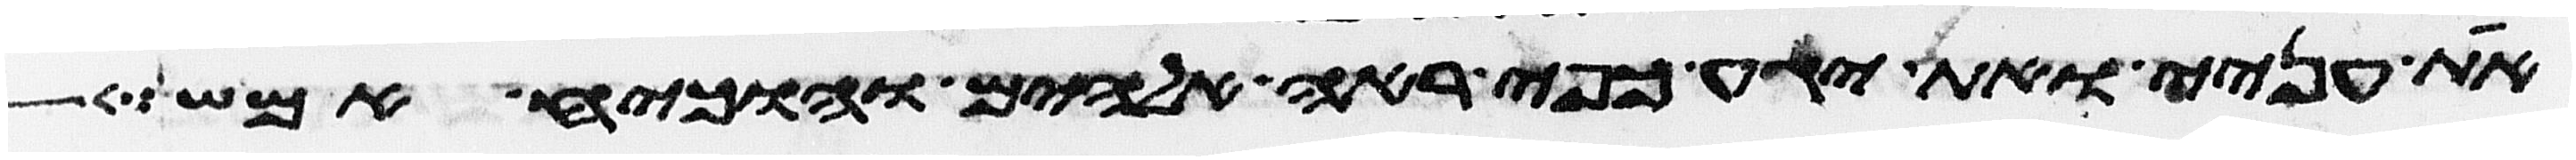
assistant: את עניי ואת יגע כפי ראה אלהים והוכיח אמש